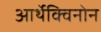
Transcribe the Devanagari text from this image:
आर्थेक्विनोन